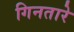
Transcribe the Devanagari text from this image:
गिनतारे